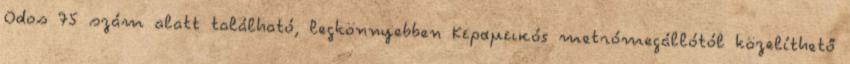
Odos 75 szám alatt található, legkönnyebben Κεραμεικός metrómegállótól közelíthető